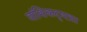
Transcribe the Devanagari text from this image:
वांशिकदृष्ट्या